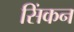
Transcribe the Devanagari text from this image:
सिंकन